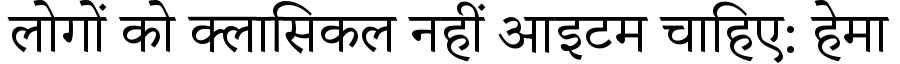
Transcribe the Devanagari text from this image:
लोगों को क्लासिकल नहीं आइटम चाहिए: हेमा